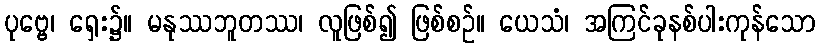
ပုဗ္ဗေ၊ ရှေး၌။ မနုဿဘူတဿ၊ လူဖြစ်၍ ဖြစ်စဉ်။ ယေသံ၊ အကြင်ခုနစ်ပါးကုန်သော